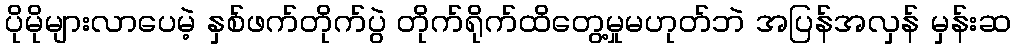
ပိုမိုများလာပေမဲ့ နှစ်ဖက်တိုက်ပွဲ တိုက်ရိုက်ထိတွေ့မှုမဟုတ်ဘဲ အပြန်အလှန် မှန်းဆ